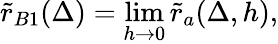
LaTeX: \tilde{r}_{B1}(\Delta)=\operatorname*{lim}_{h\to 0}\tilde{r}_{a}(\Delta,h),